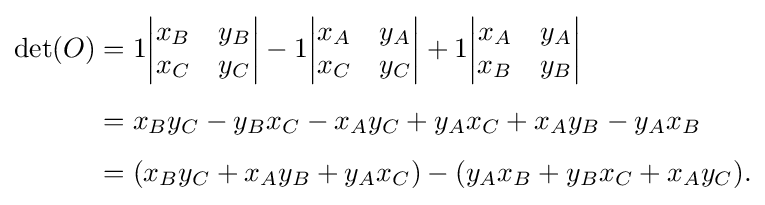
{\begin{aligned}\det(O)&=1{\begin{vmatrix}x_{B}&y_{B}\\x_{C}&y_{C}\end{vmatrix}}-1{\begin{vmatrix}x_{A}&y_{A}\\x_{C}&y_{C}\end{vmatrix}}+1{\begin{vmatrix}x_{A}&y_{A}\\x_{B}&y_{B}\end{vmatrix}}\\[4pt]&=x_{B}y_{C}-y_{B}x_{C}-x_{A}y_{C}+y_{A}x_{C}+x_{A}y_{B}-y_{A}x_{B}\\[4pt]&=(x_{B}y_{C}+x_{A}y_{B}+y_{A}x_{C})-(y_{A}x_{B}+y_{B}x_{C}+x_{A}y_{C}).\end{aligned}}